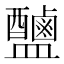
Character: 𱲠